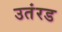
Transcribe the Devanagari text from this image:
उतंरड